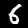
Digit: 6